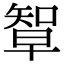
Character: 𥏯